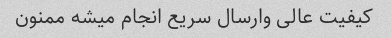
کیفیت عالی وارسال سریع انجام میشه ممنون